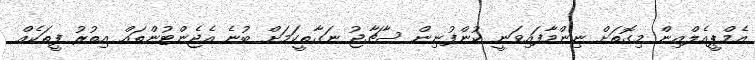
އެމްޕީއެލްއިން މިގޮތަށް ނިންމާފައިވަނީ ކުންފުނިން ސާޗާޖު ނަގާތީކަމަށް ބުނެ އެޖެންޓުންތައް އިތުރު ފީތަކެއް